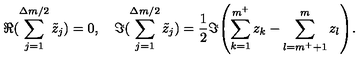
\Re { ( \sum _ { j = 1 } ^ { \Delta m / 2 } \tilde { z } _ { j } ) } = 0 , \quad \Im { ( \sum _ { j = 1 } ^ { \Delta m / 2 } \tilde { z } _ { j } ) } = \frac { 1 } { 2 } \Im { \left( \sum _ { k = 1 } ^ { m ^ { + } } z _ { k } - \sum _ { l = m ^ { + } + 1 } ^ { m } z _ { l } \right) } .